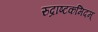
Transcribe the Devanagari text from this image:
रुद्राष्टकमिदम्